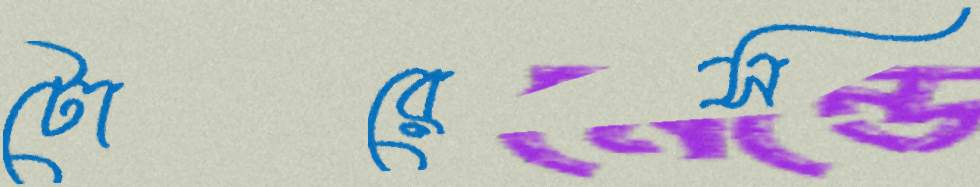
টোরেস